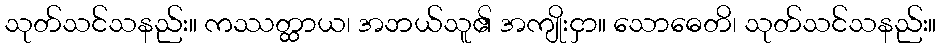
သုတ်သင်သနည်း။ ကဿတ္ထာယ၊ အဘယ်သူ၏ အကျိုးငှာ။ သောဓေတိ၊ သုတ်သင်သနည်း။